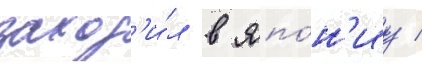
заход'и́л в япо́н'иу /